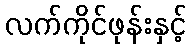
လက်ကိုင်ဖုန်းနှင့်